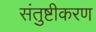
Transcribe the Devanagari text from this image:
संतुष्टीकरण